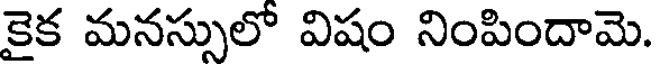
కైక మనస్సులో విషం నింపిందామె.